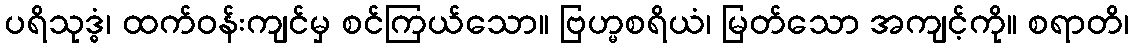
ပရိသုဒ္ဓံ၊ ထက်ဝန်းကျင်မှ စင်ကြယ်သော။ ဗြဟ္မစရိယံ၊ မြတ်သော အကျင့်ကို။ စရာတိ၊